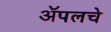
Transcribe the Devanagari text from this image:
ॲपलचे